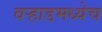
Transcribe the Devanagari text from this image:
वर्‍हाडमध्येच